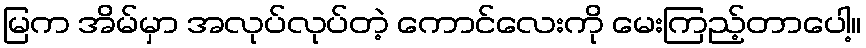
မြက အိမ်မှာ အလုပ်လုပ်တဲ့ ကောင်လေးကို မေးကြည့်တာပေါ့။